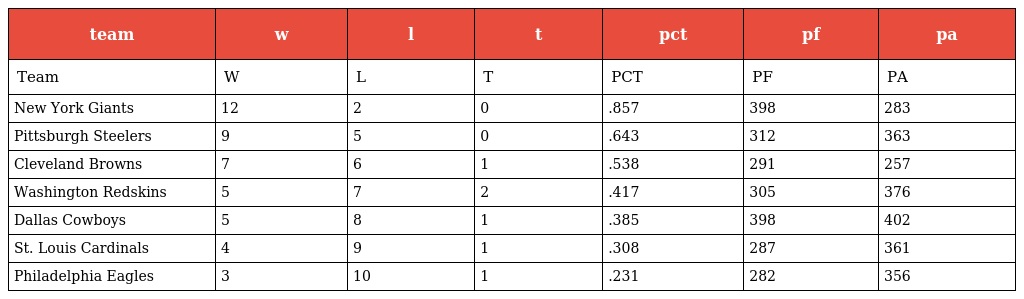
| team | w | l | t | pct | pf | pa |
 | --- | --- | --- | --- | --- | --- | --- |
 | Team | W | L | T | PCT | PF | PA |
 | New York Giants | 12 | 2 | 0 | .857 | 398 | 283 |
 | Pittsburgh Steelers | 9 | 5 | 0 | .643 | 312 | 363 |
 | Cleveland Browns | 7 | 6 | 1 | .538 | 291 | 257 |
 | Washington Redskins | 5 | 7 | 2 | .417 | 305 | 376 |
 | Dallas Cowboys | 5 | 8 | 1 | .385 | 398 | 402 |
 | St. Louis Cardinals | 4 | 9 | 1 | .308 | 287 | 361 |
 | Philadelphia Eagles | 3 | 10 | 1 | .231 | 282 | 356 |